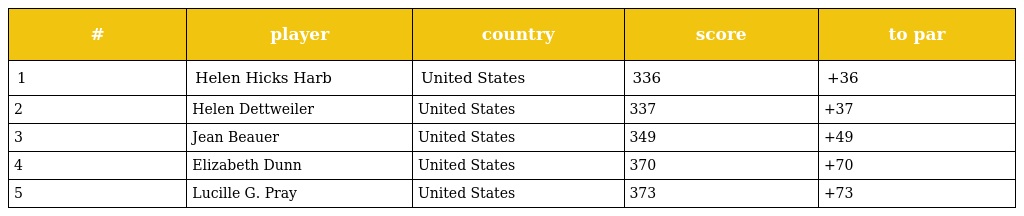
| # | player | country | score | to par |
 | --- | --- | --- | --- | --- |
 | 1 | Helen Hicks Harb | United States | 336 | +36 |
 | 2 | Helen Dettweiler | United States | 337 | +37 |
 | 3 | Jean Beauer | United States | 349 | +49 |
 | 4 | Elizabeth Dunn | United States | 370 | +70 |
 | 5 | Lucille G. Pray | United States | 373 | +73 |